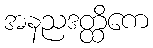
အနညဒတ္ထိကေ